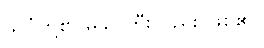
သိပ္ပံတို့၏ မိခင်ကြီးလည်း ဖြစ်၏။